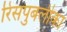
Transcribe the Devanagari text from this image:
रिसपुबलीका